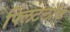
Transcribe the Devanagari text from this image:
फ्लिंटलॉक